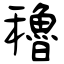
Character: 穭